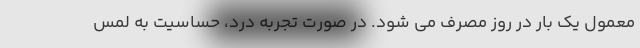
معمول یک بار در روز مصرف می شود. در صورت تجربه درد، حساسیت به لمس